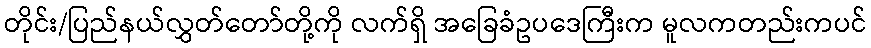
တိုင်း/ပြည်နယ်လွှတ်တော်တို့ကို လက်ရှိ အခြေခံဥပဒေကြီးက မူလကတည်းကပင်